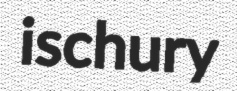
ischury